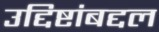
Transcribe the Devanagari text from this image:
उद्दिष्टांबद्दल